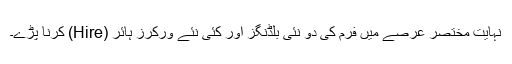
نہایت مختصر عرصے میں فرم کی دو نئی بلڈنگز اور کئی نئے ورکرز ہائر (Hire) کرنا پڑے۔